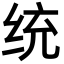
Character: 统